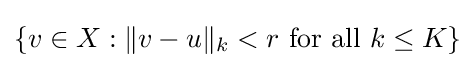
\{v\in X:\|v-u\|_{k}<r{\text{ for all }}k\leq K\}